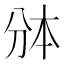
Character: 𰄱